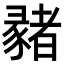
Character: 𢑳